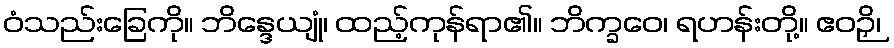
ဝံသည်းခြေကို။ ဘိန္ဒေယျုံ၊ ထည့်ကုန်ရာ၏။ ဘိက္ခဝေ၊ ရဟန်းတို့။ ဧဝဉှိ၊